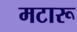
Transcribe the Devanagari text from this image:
मटारू